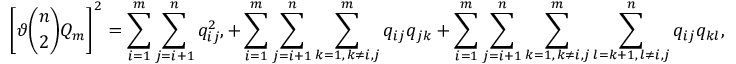
\left[ \vartheta \binom { n } { 2 } Q _ { m } \right] ^ { 2 } = \sum _ { i = 1 } ^ { m } \sum _ { j = i + 1 } ^ { n } q _ { i j } ^ { 2 } , + \sum _ { i = 1 } ^ { m } \sum _ { j = i + 1 } ^ { n } \sum _ { \substack { k = 1 , \, k \neq i , j } } ^ { m } q _ { i j } q _ { j k } + \sum _ { i = 1 } ^ { m } \sum _ { j = i + 1 } ^ { n } \sum _ { \substack { k = 1 , \, k \neq i , j } } ^ { m } \sum _ { \substack { l = k + 1 , \, l \neq i , j } } ^ { n } q _ { i j } q _ { k l } ,